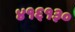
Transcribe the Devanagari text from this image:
४१६१३०